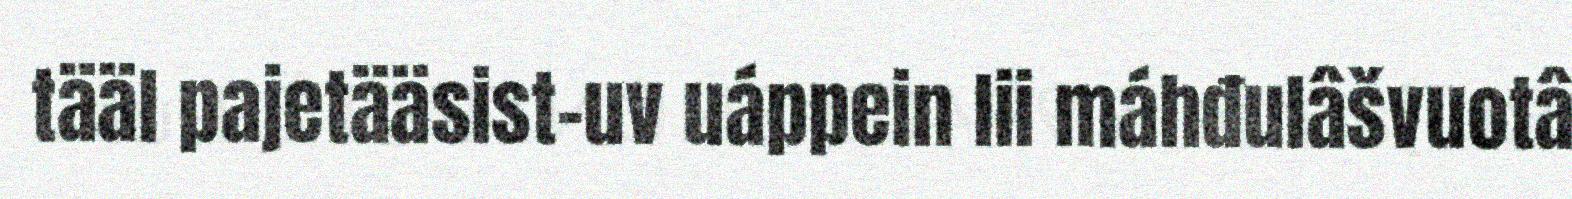
tääl pajetääsist-uv uáppein lii máhđulâšvuotâ